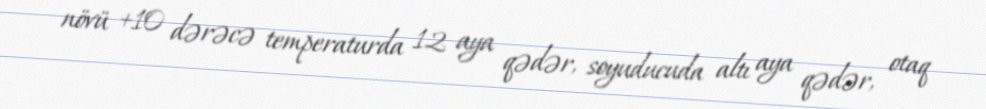
növü +10 dərəcə temperaturda 12 aya qədər, soyuducuda altı aya qədər, otaq